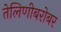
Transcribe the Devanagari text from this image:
तेलिणीबरोबर